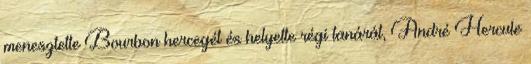
menesztette Bourbon hercegét és helyette régi tanárát, André Hercule